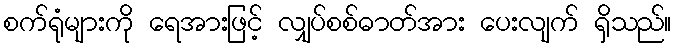
စက်ရုံများကို ရေအားဖြင့် လျှပ်စစ်ဓာတ်အား ပေးလျက် ရှိသည်။